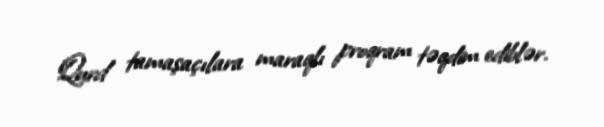
Qurd tamaşaçılara maraqlı proqram təqdim ediblər.